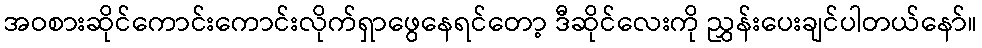
အဝစားဆိုင်ကောင်းကောင်းလိုက်ရှာဖွေနေရင်တော့ ဒီဆိုင်လေးကို ညွှန်းပေးချင်ပါတယ်နော်။